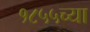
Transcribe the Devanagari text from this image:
१८५५च्या